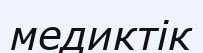
медиктік